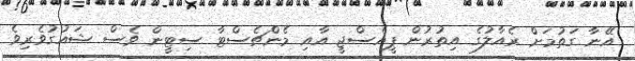
އޭނާ ގަތުމަށް ރެއާލުގެ އިތުރުން ޕީއެސްޖީ އާއި މެންޗެސްޓާ ސިޓީން ވެސް ޝައުގުވެރިވެ